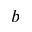
b